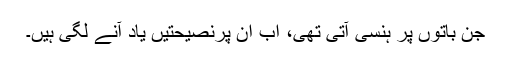
جن باتوں پر ہنسی آتی تھی، اب ان پرنصیحتیں یاد آنے لگی ہیں۔